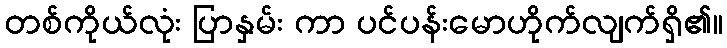
တစ်ကိုယ်လုံး ပြာနှမ်း ကာ ပင်ပန်းမောဟိုက်လျက်ရှိ၏။